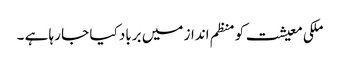
ملکی معیشت کو منظم انداز میں برباد کیا جا رہا ہے ۔